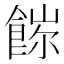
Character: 𩜖